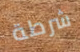
شرطة